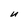
Character: U